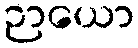
ဉာယော